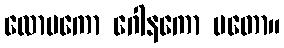
လောမကော ဂေါနကော မတော။